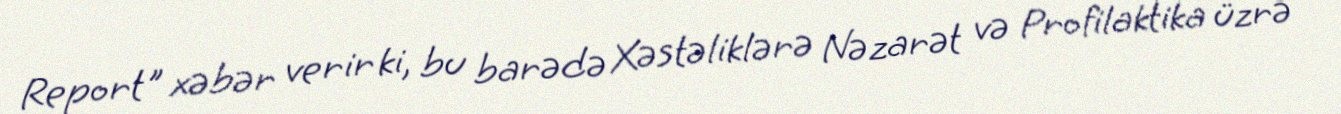
Report" xəbər verir ki, bu barədə Xəstəliklərə Nəzarət və Profilaktika üzrə